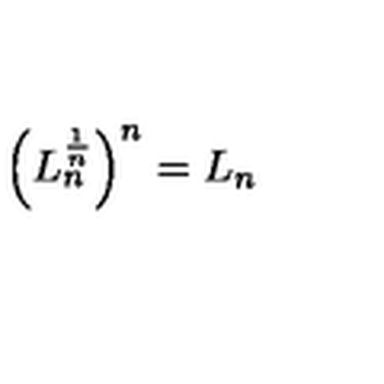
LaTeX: \left( L _ { n } ^ { \frac { 1 } { n } } \right) ^ { n } = L _ { n }